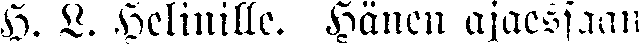
H. L. Helinille. Hänen ajaessaan